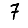
Digit: 7